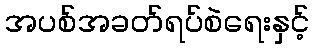
အပစ်အခတ်ရပ်စဲရေးနှင့်